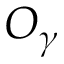
O _ { \gamma }